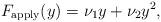
LaTeX: \begin{align*}F_{\rm apply}(y) = \nu_1 y + \nu_2 y^2,\end{align*}